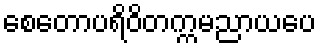
စေတောပရိဝိတက္ကမညာယပေ